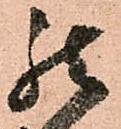
罷